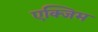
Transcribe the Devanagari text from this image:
एक्जिम